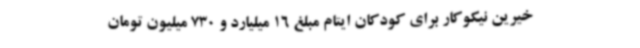
خیرین نیکوکار برای کودکان ایتام مبلغ 16 میلیارد و 730 میلیون تومان